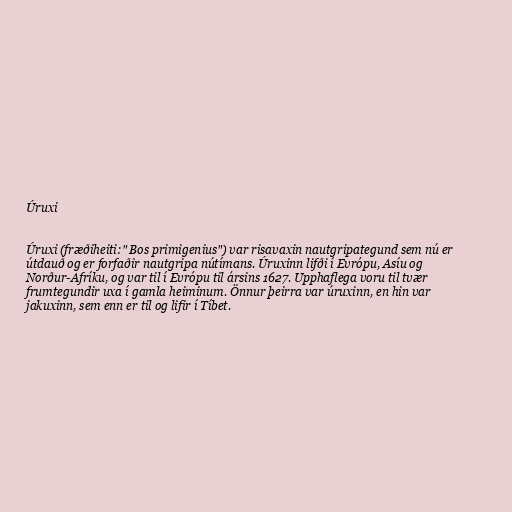
Úruxi

Úruxi (fræðiheiti:" Bos primigenius") var risavaxin nautgripategund sem nú er
útdauð og er forfaðir nautgripa nútímans. Úruxinn lifði í Evrópu, Asíu og
Norður-Afríku, og var til í Evrópu til ársins 1627. Upphaflega voru til tvær
frumtegundir uxa í gamla heiminum. Önnur þeirra var úruxinn, en hin var
jakuxinn, sem enn er til og lifir í Tíbet.